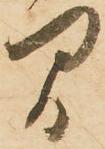
間